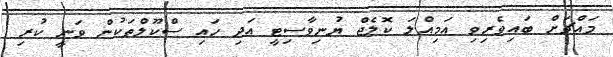
މައްޗަށް ބައިވެރިވި އަމިއްލަ ކޮލެޖް ޔުނިވާސިޓީ އަދި ހައި ސްކޫލްތަކުން ވަނީ ކުރި